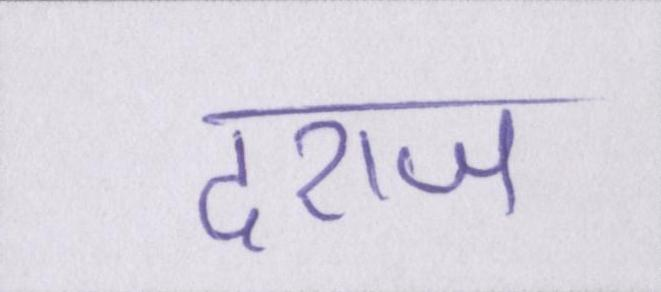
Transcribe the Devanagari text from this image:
दराज